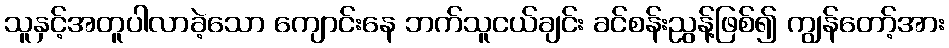
သူနှင့်အတူပါလာခဲ့သော ကျောင်းနေ ဘက်သူငယ်ချင်း ခင်စန်းညွန့်ဖြစ်၍ ကျွန်တော့်အား